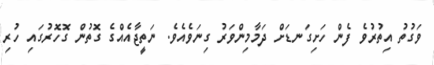
ވަގުތު އިތުރުވެ ފެން ހަށިގަނޑަށް ދަމާމިންވަރު ގިނަވެއެވެ. ނަތީޖާއެއްގެ ގޮތުން ގޮހޮރުގައި ހުރި